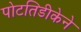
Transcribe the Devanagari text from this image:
पोटतिडीकेने